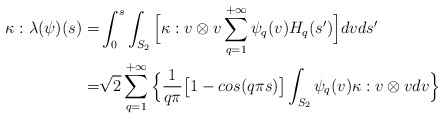
\begin{align*}\kappa:\lambda(\psi)(s) =& \int_0^s\int_{S_2}\Big[\kappa:v \otimes v \sum_{q=1}^{+\infty}\psi_q(v)H_q(s')\Big]dvds'\\=&\sqrt{2}\sum_{q=1}^{+\infty}\Big\{\dfrac{1}{q\pi}\big[1-cos(q \pi s)\big]\int_{S_2}\psi_q(v)\kappa:v \otimes vdv\Big\}\end{align*}